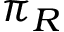
\pi _ { R }